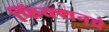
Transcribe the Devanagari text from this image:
फिक्शनचे